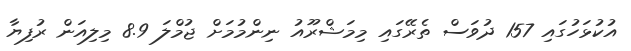
އުކުޅަހުގައި 157 ދުވަސް ތެރޭގައި މިމަޝްރޫއު ނިންމުމަށް ޖުމްލަ 8.9 މިލިއަން ރުފިޔާ